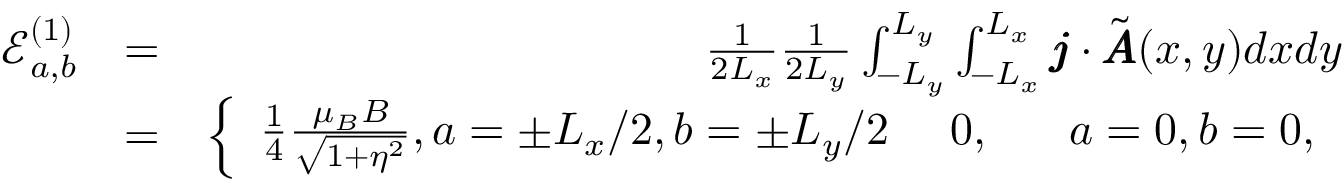
\begin{array} { r l r } { \mathcal { E } _ { a , b } ^ { ( 1 ) } } & { = } & { \frac { 1 } { 2 L _ { x } } \frac { 1 } { 2 L _ { y } } \int _ { - L _ { y } } ^ { L _ { y } } \int _ { - L _ { x } } ^ { L _ { x } } \pmb { j } \cdot \tilde { \pmb { A } } ( x , y ) d x d y } \\ & { = } & { \left\{ \begin{array} { l l } { \frac { 1 } { 4 } \frac { \mu _ { B } B } { \sqrt { 1 + \eta ^ { 2 } } } , a = \pm L _ { x } / 2 , b = \pm L _ { y } / 2 \ ~ ~ ~ 0 , ~ ~ ~ ~ ~ a = 0 , b = 0 , } \end{array} \right. } \end{array}